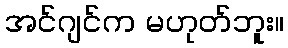
အင်ဂျင်က မဟုတ်ဘူး။